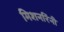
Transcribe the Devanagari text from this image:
मिशनरिंनी